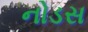
નોડસ